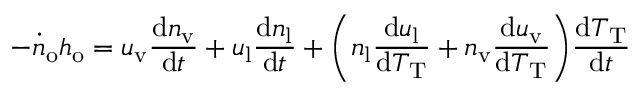
- \dot { n } _ { \mathrm { o } } h _ { \mathrm { o } } = u _ { \mathrm { v } } \frac { \mathrm { d } n _ { \mathrm { v } } } { \mathrm { d } t } + u _ { \mathrm { l } } \frac { \mathrm { d } n _ { \mathrm { l } } } { \mathrm { d } t } + \bigg ( n _ { \mathrm { l } } \frac { \mathrm { d } u _ { \mathrm { l } } } { \mathrm { d } T _ { \mathrm { T } } } + n _ { \mathrm { v } } \frac { \mathrm { d } u _ { \mathrm { v } } } { \mathrm { d } T _ { \mathrm { T } } } \bigg ) \frac { \mathrm { d } T _ { \mathrm { T } } } { \mathrm { d } t }